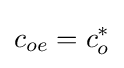
c_{oe}=c_{o}^{*}